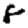
Digit: 8